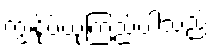
ကျွန်ုပ်ယုံကြည်ပါသည်